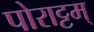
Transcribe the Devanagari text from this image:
पोराट्टम्